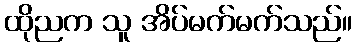
ထိုညက သူ အိပ်မက်မက်သည်။